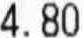
4.80